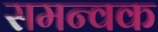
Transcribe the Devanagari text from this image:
समन्वक